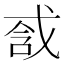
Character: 𢧆